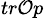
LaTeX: _{tr\mathcal{O}p}